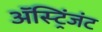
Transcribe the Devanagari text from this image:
अॅस्ट्रिंजंट